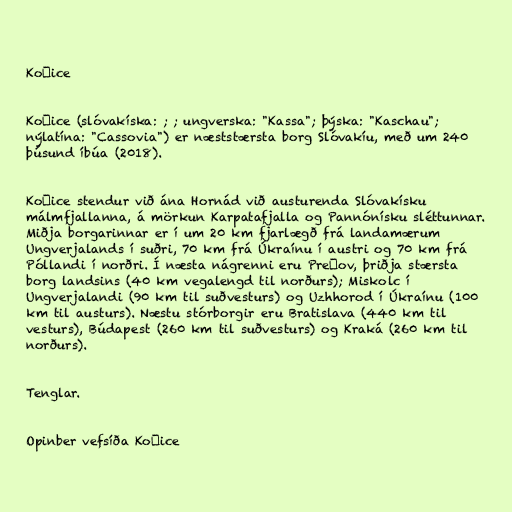
Košice

Košice (slóvakíska: ; ; ungverska: "Kassa"; þýska: "Kaschau";
nýlatína: "Cassovia") er næststærsta borg Slóvakíu, með um 240
þúsund íbúa (2018).

Košice stendur við ána Hornád við austurenda Slóvakísku
málmfjallanna, á mörkun Karpatafjalla og Pannónísku sléttunnar.
Miðja borgarinnar er í um 20 km fjarlægð frá landamærum
Ungverjalands í suðri, 70 km frá Úkraínu í austri og 70 km frá
Póllandi í norðri. Í næsta nágrenni eru Prešov, þriðja stærsta
borg landsins (40 km vegalengd til norðurs); Miskolc í
Ungverjalandi (90 km til suðvesturs) og Uzhhorod í Úkraínu (100
km til austurs). Næstu stórborgir eru Bratislava (440 km til
vesturs), Búdapest (260 km til suðvesturs) og Kraká (260 km til
norðurs).

Tenglar.

Opinber vefsíða Košice